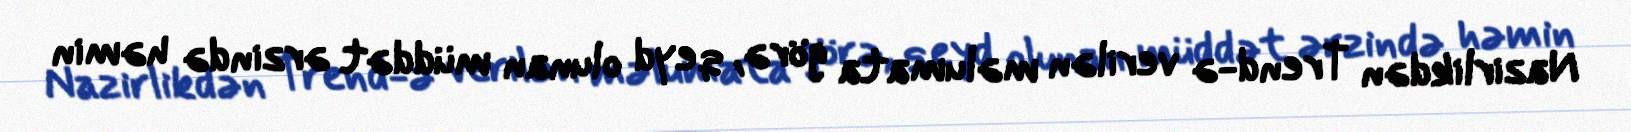
Nazirlikdən Trend-ə verilən məlumata görə, qeyd olunan müddət ərzində həmin